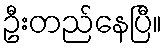
ဦးတည်နေပြီ။